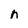
Character: n